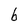
Character: b